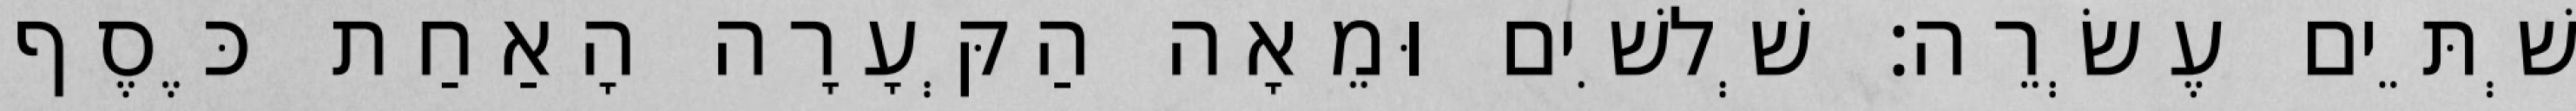
שְׁתֵּים עֶשְׂרֵה׃ שְׁלשִׁים וּמֵאָה הַקְּעָרָה הָאַחַת כֶּסֶף